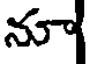
నూ